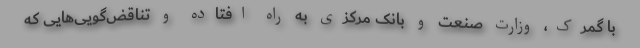
با گمرک، وزارت صنعت و بانک مرکزی به راه افتاده و تناقض‌گویی‌هایی که